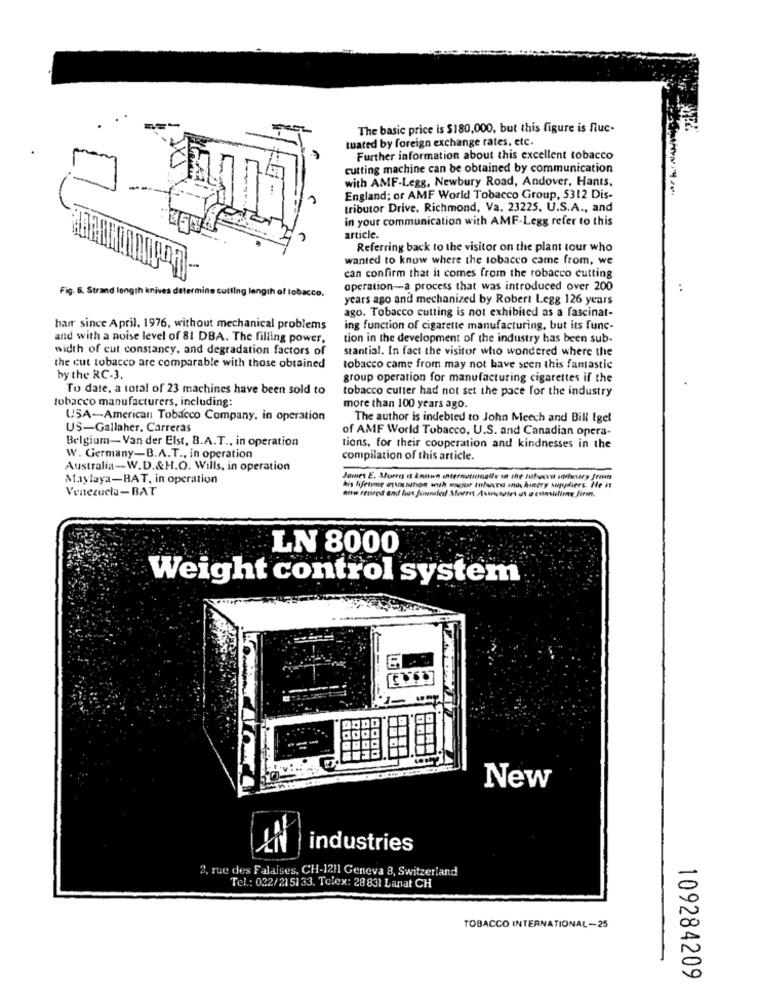
The basic price is $180,000, but this figure is fluc-
tuated by foreign exchange rates, etc.
Further information about this excellent tobacco
cutting machine can be obtained by communication
with AMF-Legg, Newbury Road, Andover, Hants.
England; or AMF World Tobacco Group, 5312 Dis-
tributor Drive. Richmond, Va. 23225, U.S.A ., and
in your communication with AMF-Legg refer to this
article.
Referring back to the visitor on the plant tour who
wanted to know where the tobacco came from, we
can confirm that it comes from the robacco cutting
Fig. 6. Strand length knives determine cutting length of tobacco.
operation-a process that was introduced over 200
years ago and mechanized by Robert Legg 126 years
ago. Tobacco cutting is not exhibited as a fascinat-
hair since April. 1976, without mechanical problems
ing function of cigarette manufacturing, but its func-
and with a noise level of 81 DBA. The filling power,
tion in the development of the industry has been sub-
width of cut constancy, and degradation factors of
stantial. In fact the visitor who wondered where the
the cut tobacco are comparable with those obtained
tobacco came from may not have seen this fantastic
by the RC-3.
group operation for manufacturing cigarettes if the
To date, a total of 23 machines have been sold to
tobacco cutter had not set the pace for the industry
tobacco manufacturers, including:
more than 100 years ago.
USA-American Tobacco Company, in operation
The author is indebted to John Meech and Bill Igel
US-Gallaher, Carreras
of AMF World Tobacco, U.S. and Canadian opera-
Belgium-Van der Elst, B.A.T ., in operation
tions, for their cooperation and kindnesses in the
W. Germany-B.A.T ., in operation
compilation of this article.
Australia-W.D.&H.O. Wills, in operation
Maylaya-BAT, in operation
Jones E. Morris is known international's on the Jobwordt sedevary from
Venezuela-BAT
LN 8000
Weight control system
New
industries
2, rue des Falaises, CH-1211 Geneva 8, Switzerland
Tel .: 022/2151 33. Telex: 28 831 Lanat CH
TOBACCO INTERNATIONAL-25
109284209